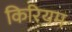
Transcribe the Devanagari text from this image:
किरियम